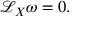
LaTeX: { \mathcal { L } } _ { X } \omega = 0 .